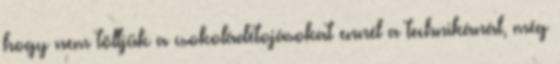
hogy nem töltjük a csokoládétojásokat ennél a technikánál, még